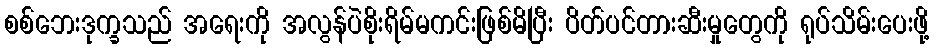
စစ်ဘေးဒုက္ခသည် အရေးကို အလွန်ပဲစိုးရိမ်မကင်းဖြစ်မိပြီး ပိတ်ပင်တားဆီးမှုတွေကို ရုပ်သိမ်းပေးဖို့